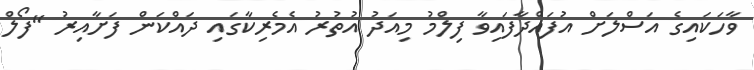
ވާހަކައިގެ އަސްލަށް އުފައްދާފައިވާ ފިލްމު މިއަދު އުތުރު އެމެރިކާގައި ދައްކަން ފަށާއިރު "ފޯލް